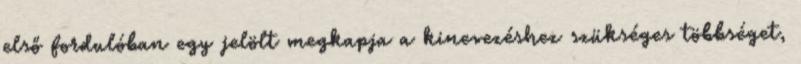
első fordulóban egy jelölt megkapja a kinevezéshez szükséges többséget,